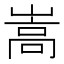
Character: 嵩